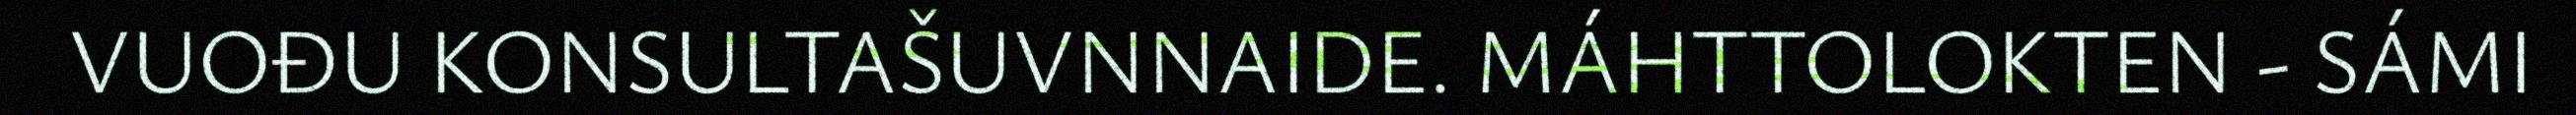
VUOĐU KONSULTAŠUVNNAIDE. MÁHTTOLOKTEN - SÁMI